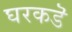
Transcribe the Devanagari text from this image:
घरकडॆ